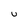
Character: u